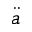
\ddot { a }